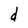
Character: d